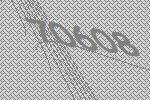
70608